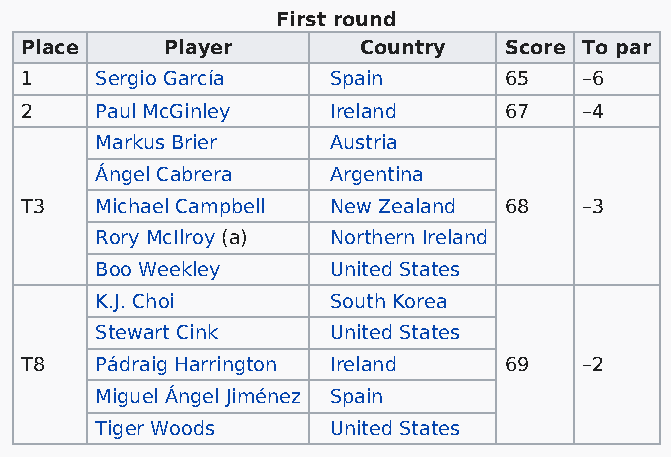
First round
 Place     Player       Country  Score To par
 1    Sergio García   Spain      65    –6
 2    Paul McGinley   Ireland    67    –4
 Markus Brier    Austria
 Ángel Cabrera   Argentina
 T3   Michael Campbell New Zealand 68  –3
 Rory McIlroy (a) Northern Ireland
 Boo Weekley     United States
 K.J. Choi       South Korea
 Stewart Cink    United States
 T8   Pádraig Harrington Ireland 69    –2
 Miguel Ángel Jiménez Spain
 Tiger Woods     United States